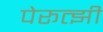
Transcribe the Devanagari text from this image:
पेरूत्झी